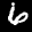
Label: 6